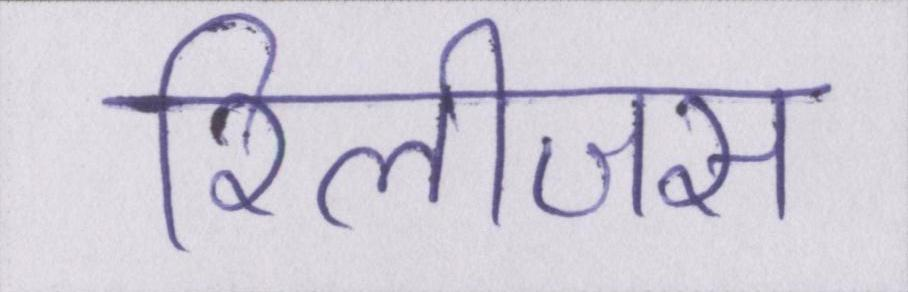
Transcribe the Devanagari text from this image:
रिलीजस